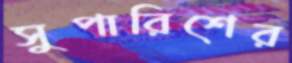
সুপারিশের